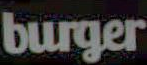
burger